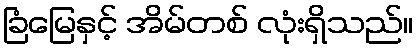
ခြံမြေနှင့် အိမ်တစ် လုံးရှိသည်။